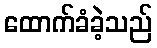
ထောက်ခံခဲ့သည်